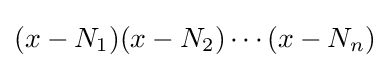
(x-N_{1})(x-N_{2})\cdots (x-N_{n})